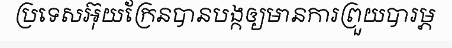
ប្រទេសអ៊ុយក្រែនបានបង្កឲ្យមានការព្រួយបារម្ភ